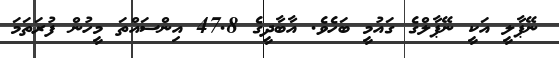
ނޭޕާލީ އަކީ ނޭޕާލްގެ ގައުމީ ބަހެވެ. އާބާދީގެ 47.8 އިންސައްތަ މީހުން ފުރަތަމަ